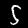
Digit: 5